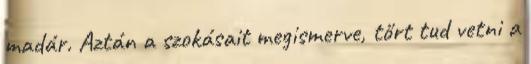
madár. Aztán a szokásait megismerve, tőrt tud vetni a